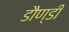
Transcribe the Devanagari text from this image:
डौण्डी